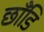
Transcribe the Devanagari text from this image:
छाँडि